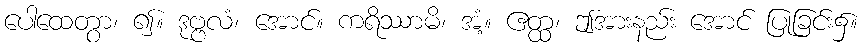
ပေါထေတွာ၊ ၍။ ဒုဗ္ဗလံ၊ အောင်။ ကရိဿာမိ၊ အံ့။ ဧတ္ထ၊ ဤအားနည်း အောင် ပြုခြင်း၌။